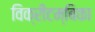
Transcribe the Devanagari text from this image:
विक्रीटम्बिका